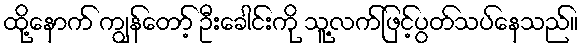
ထို့နောက် ကျွန်တော့် ဦးခေါင်းကို သူ့လက်ဖြင့်ပွတ်သပ်နေသည်။